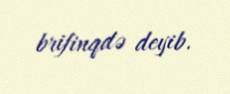
brifinqdə deyib.